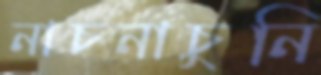
নাচনাচুনি